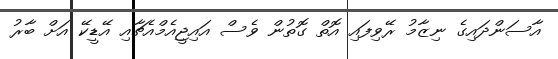
އާސަންދައިގެ ނިޒާމު ރޭވިފައި އޮތް ގޮތުން ވެސް އައިޖީއެމްއެޗާއި އޭޑީކޭ އަށް ބާރު